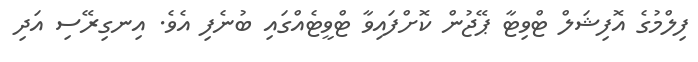
ފިލްމުގެ އޮފިޝަލް ޓްވިޓާ ޕޭޖުން ކޮށްފައިވާ ޓްވީޓެއްގައި ބުނެފި އެވެ. އިނގިރޭސި އަދި